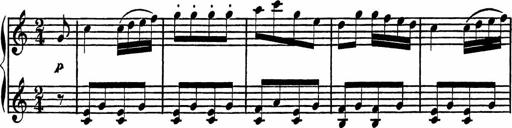
Title: 4 Piano Sonatinas
Composer: Adam Geibel